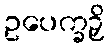
ဥပေက္ခဉှိ